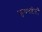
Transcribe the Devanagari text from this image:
फुगवलेली